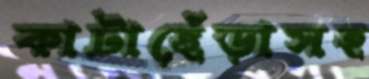
কাটাছেঁড়াসহ